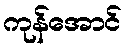
ကုန်အောင်